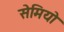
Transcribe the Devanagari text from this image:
सेमियो